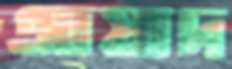
আয়াদ